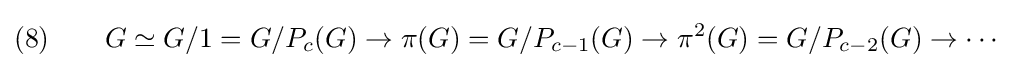
(8)\qquad G\simeq G/1=G/P_{c}(G)\to \pi (G)=G/P_{c-1}(G)\to \pi ^{2}(G)=G/P_{c-2}(G)\to \cdots